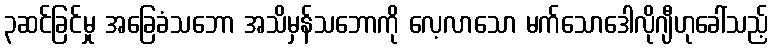
၃ဆင်ခြင်မှု အခြေခံသဘော အသိမှန်သဘောကို လေ့လာသော မက်သောဒေါလိုဂျီဟုခေါ်သည့်